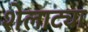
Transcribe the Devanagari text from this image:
शेलाट्या